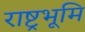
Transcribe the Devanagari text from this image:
राष्ट्रभूमि